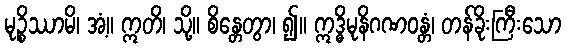
မုဉ္စိဿာမိ၊ အံ့။ ဣတိ၊ သို့။ စိန္တေတွာ၊ ၍။ ဣဒ္ဓိမုနိဂဏဝန္တံ၊ တန်ခိုးကြီးသော